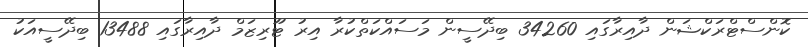
ކޮންސްޓްރަކްޝަން ދާއިރާގައި 34260 ބިދޭސީން މަސައްކަތްކުރާ އިރު ޓޫރިޒަމް ދާއިރާގައި 13488 ބިދޭސީއަކު